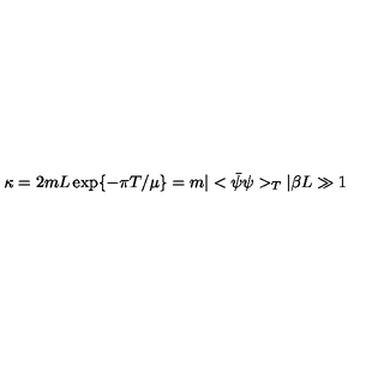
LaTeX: \kappa = 2 m L \exp \{ - \pi T / \mu \} = m | < \bar { \psi } \psi > _ { T } | \beta L \gg 1